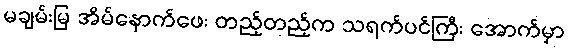
မချမ်းမြ အိမ်နောက်ဖေး တည့်တည့်က သရက်ပင်ကြီး အောက်မှာ